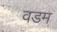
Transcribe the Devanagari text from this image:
वडम